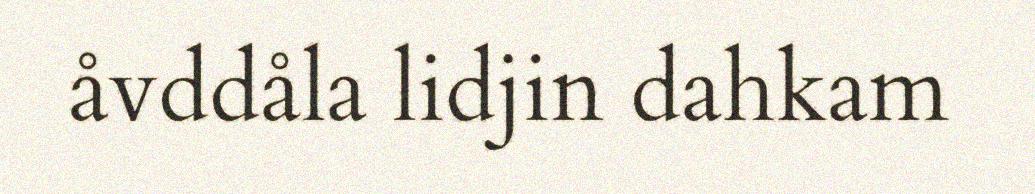
åvddåla lidjin dahkam